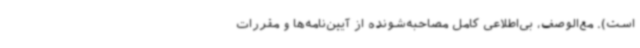
است). مع‌الوصف، بی‌اطلاعی کامل مصاحبه‌شونده از آیین‌نامه‌ها و مقررات